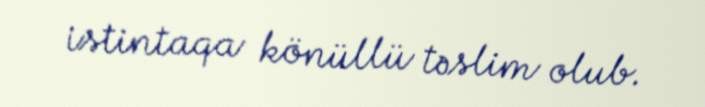
istintaqa könüllü təslim olub.